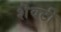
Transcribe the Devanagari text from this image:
शॆवटी